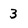
Character: 3